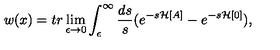
w ( x ) = t r \lim _ { \epsilon \to 0 } \int _ { \epsilon } ^ { \infty } \frac { d s } { s } ( e ^ { - s { \mathcal H } [ A ] } - e ^ { - s { \mathcal H } [ 0 ] } ) ,